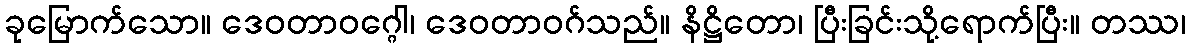
ခုမြောက်သော။ ဒေဝတာဝဂ္ဂေါ၊ ဒေဝတာဝဂ်သည်။ နိဋ္ဌိတော၊ ပြီးခြင်းသို့ရောက်ပြီး။ တဿ၊